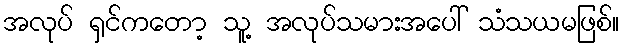
အလုပ် ရှင်ကတော့ သူ့ အလုပ်သမားအပေါ် သံသယမဖြစ်။